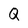
Character: Q